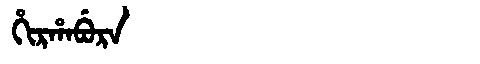
Manchu: ᡥᡳᡵᡥᠠᠪᡠᡵᠠ
Romanization: HIRHABURA